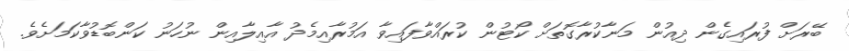
ބޭރަށް ފުރައިގެން ދިއުން މަނާކުރާގޮތަށް ކޯޓުން ކުރައްވާފައިވާ އަމުރާއިމެދު އާއިލާއިން ނުހަނު ކަންބޮޑުވާކަމަށެވެ.